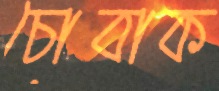
চোবাক